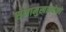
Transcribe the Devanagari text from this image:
सेनामुखान्येको